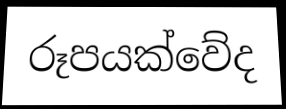
රූපයක්වේද